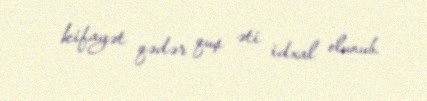
kifayət qədər quş əti idxal olunub.